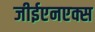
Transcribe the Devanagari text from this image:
जीईएनएक्स